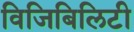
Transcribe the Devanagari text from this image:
विजिबिलिटी